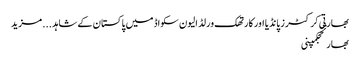
بھارتی کرکٹرز پانڈیا اور کارتھک ورلڈ الیون سکواڈ میں پاکستان کے شاہد ... مزید
بھارتحجکمپنی